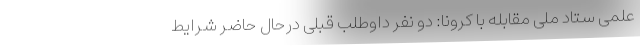
علمی ستاد ملی مقابله با کرونا: دو نفر داوطلب قبلی درحال حاضر شرایط